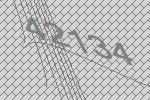
42134